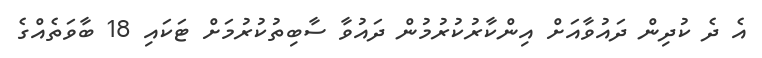
އެ ދެ ކުދިން ދައުވާއަށް އިންކާރުކުރުމުން ދައުވާ ސާބިތުކުރުމަށް ޓަކައި 18 ބާވަތެއްގެ